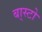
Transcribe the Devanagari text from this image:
बा्स्टो